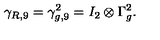
\gamma _ { R , 9 } = \gamma _ { g , 9 } ^ { 2 } = I _ { 2 } \otimes \Gamma _ { g } ^ { 2 } .